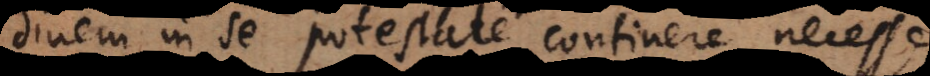
dinem in se potestate continere necesse